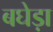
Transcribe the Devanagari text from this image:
बघेड़ा